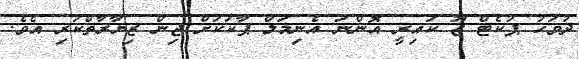
ދުވަހު ޕުކެޓް ޒޫ ކައިރީ އޮންނަ އެނިމަލް ޕާކަކަށް ޖިން ޒިޔާރާތްކުރި އެވެ.